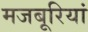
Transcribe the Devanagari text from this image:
मजबूरियां